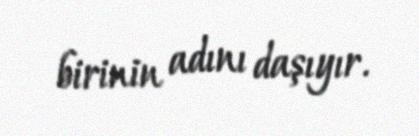
birinin adını daşıyır.